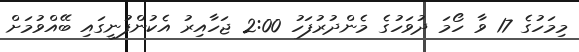
މިމަހުގެ 17 ވާ ހޯމަ ދުވަހުގެ މެންދުރުފަހު 2:00 ޖަހާއިރު އެކުންފުނީގައި ބޭއްވުމަށް